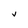
Character: V